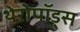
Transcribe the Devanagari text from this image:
थेरोपॉड्स